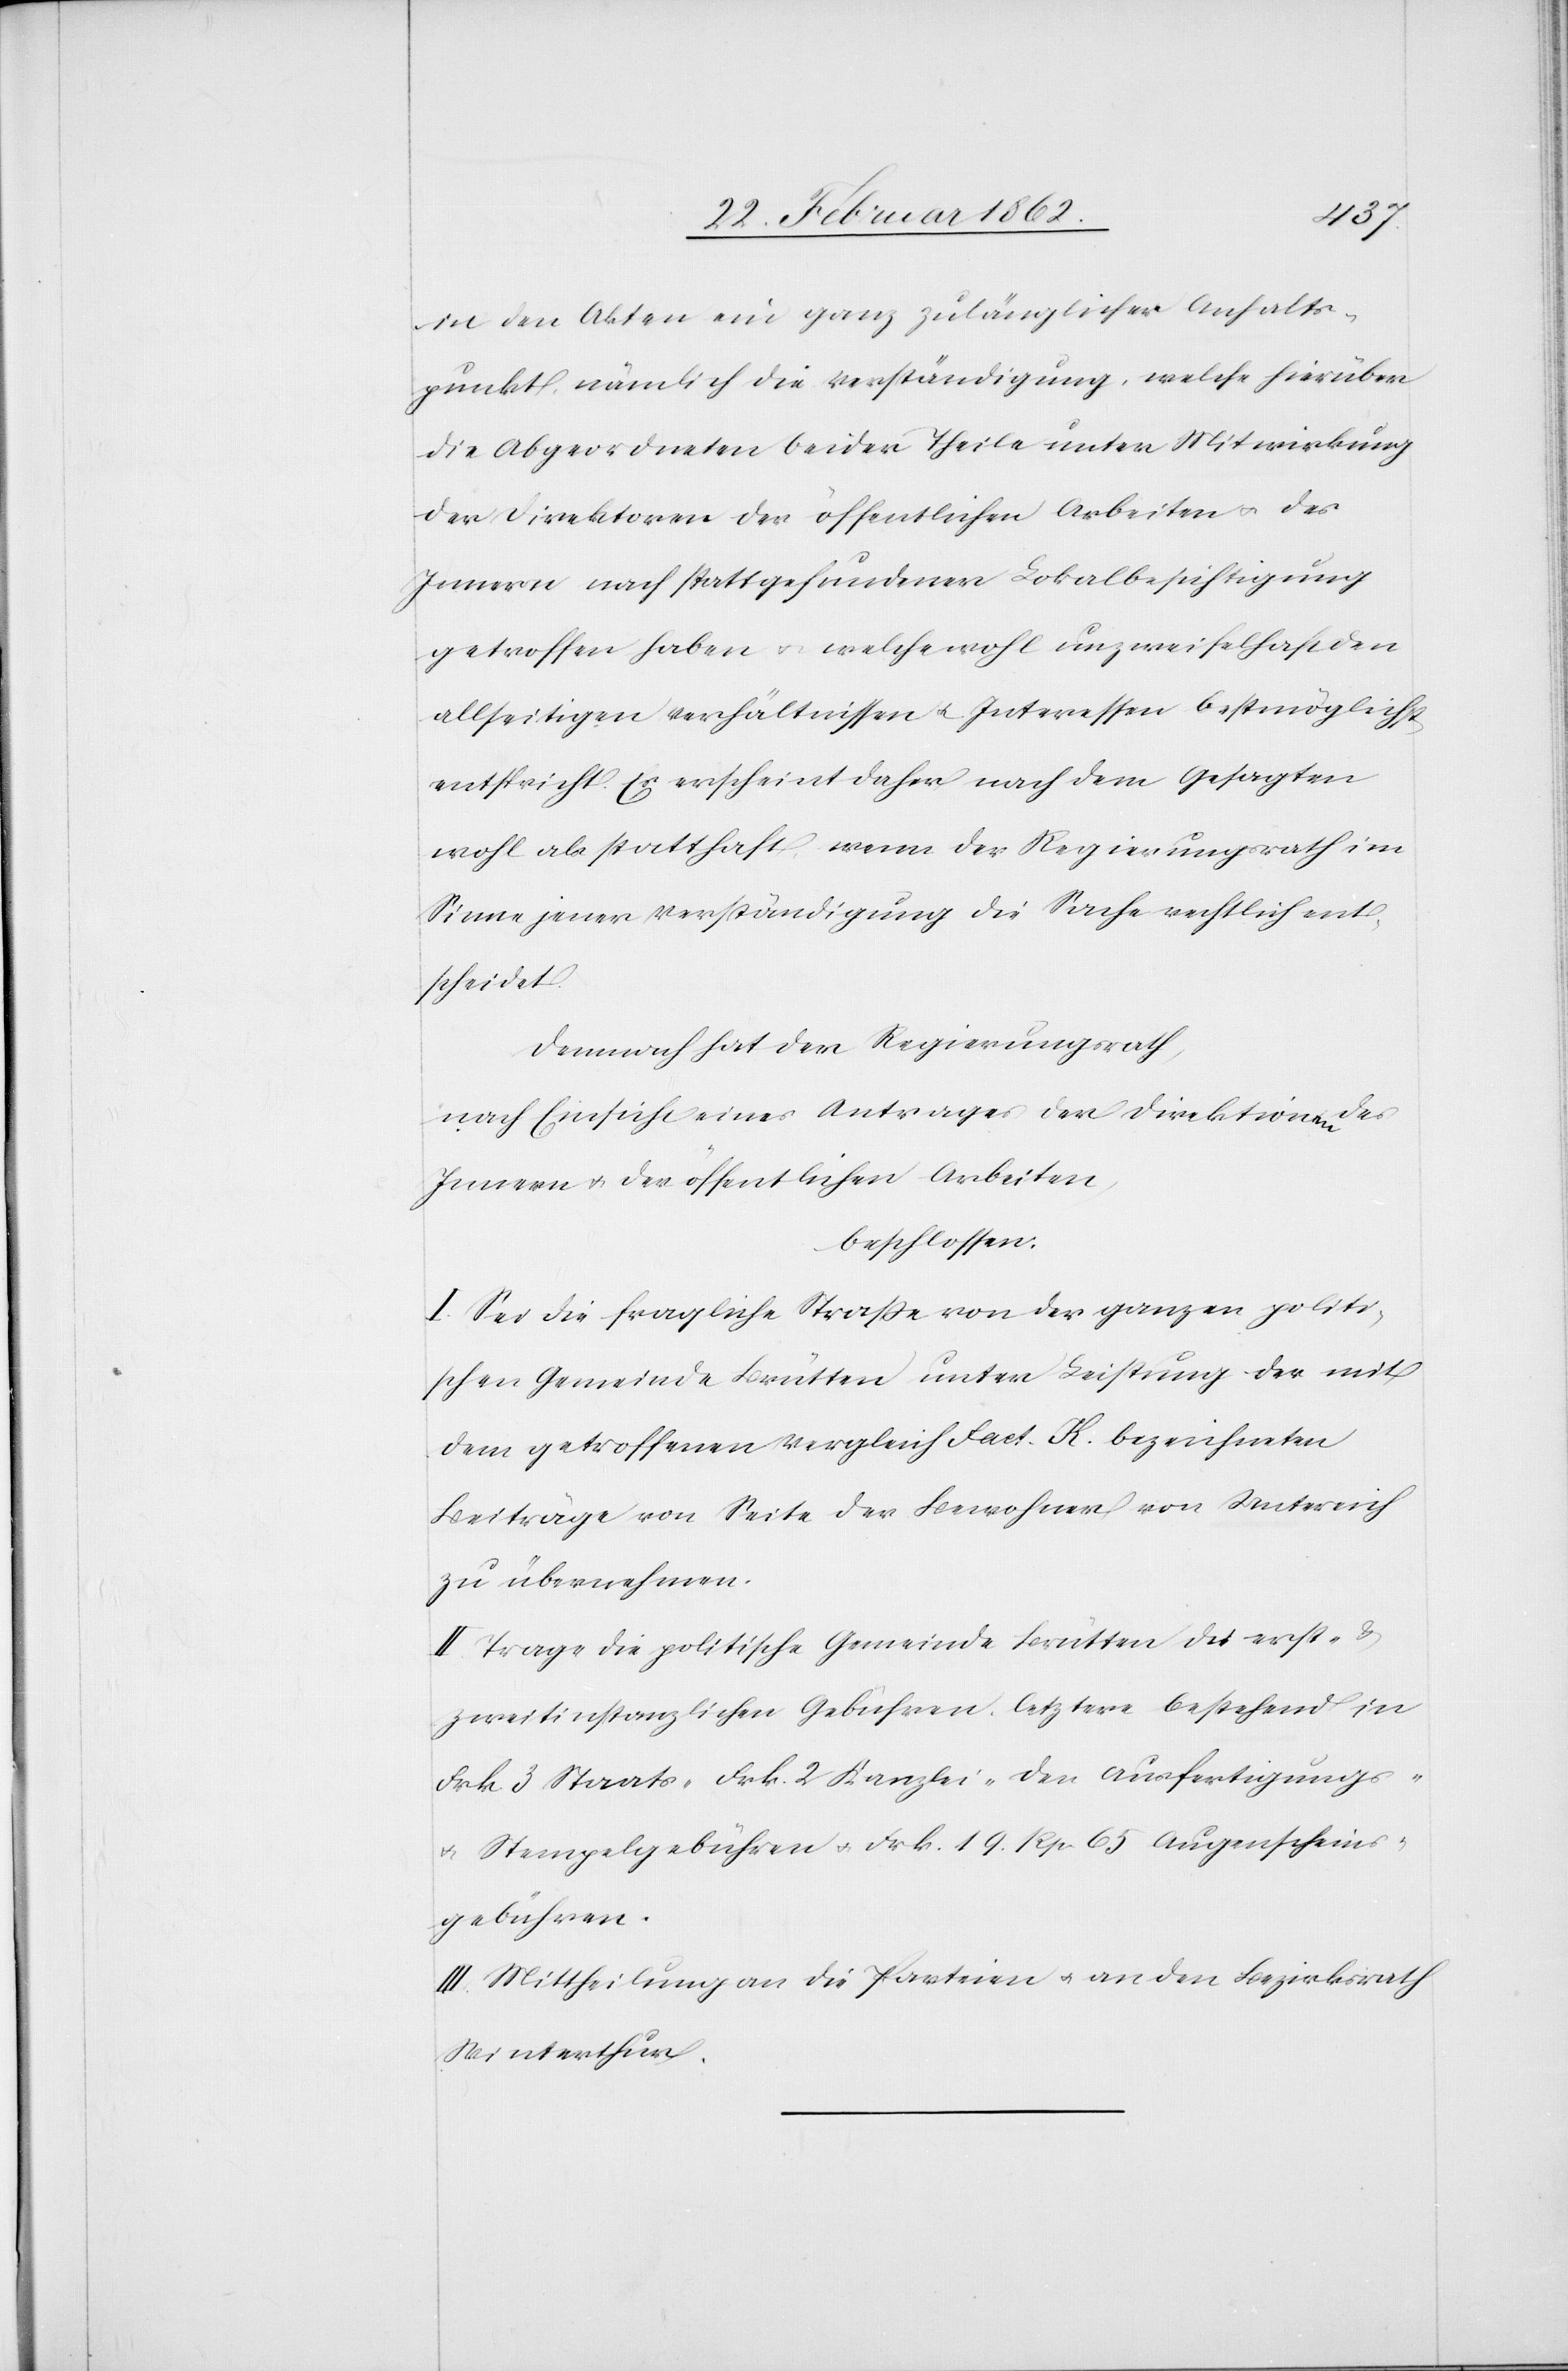
in den Akten ein ganz zulänglicher Anhalts¬
punkt, nämlich die Verständigung, welche hierüber
die Abgeordneten beider Theile unter Mitwirkung
der Direktoren der öffentlichen Arbeiten u. des
Innern nach stattgefundener Lokalbesichtigung
getroffen haben u. welche wohl unzweifelhaft den
allseitigen Verhältnissen u. Interessen bestmöglichst
entspricht. Es erscheint daher nach dem Gesagten
wohl als statthaft, wenn der Regierungsrath im
Sinne jener Verständigung die Sache rechtlich ent¬
scheidet.
Demnach hat der Regierungsrath,
nach Einsicht eines Antrages der Direktionen des
Innern u. der öffentlichen Arbeiten
beschlossen:
I. Sei die fragliche Straße von der ganzen politi¬
schen Gemeinde Brütten unter Leistung der mit
dem getroffenen Vergleich Fact. K. bezeichneten
Beiträge von Seite der Bewohner von Untereich
zu übernehmen.
II. Trage die politische Gemeinde Brütten die erst- &
zweitinstanzlichen Gebühren, letztere bestehend in
Frk. 3 Staats- Frk. 2 Kanzlei- den Ausfertigungs-
Stempelgebühren u. Frk. 19. Rp 65 Augenscheins¬
gebühren.
III. Mittheilung an die Parteien u. an den Bezirksrath
Winterthur.